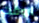
الوقت